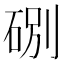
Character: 𥒻